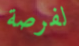
لفرصة